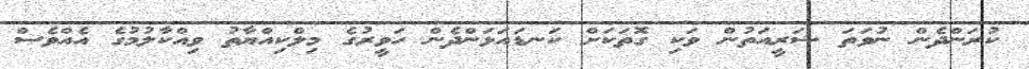
ކުރަންދެން ނުވަތަ ޝަރީއަތުން ވަކި ގޮތަކަށް ކަނޑައަޅަންދެން ހަވީރުގެ މިލްކިއްޔާތު ވިއްކާލުމުގެ އެއްވެސް